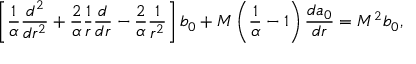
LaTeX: \left[ { \frac { 1 } { \alpha } } { \frac { d ^ { 2 } } { d r ^ { 2 } } } + { \frac { 2 } { \alpha } } { \frac { 1 } { r } } { \frac { d } { d r } } - { \frac { 2 } { \alpha } } { \frac { 1 } { r ^ { 2 } } } \right] b _ { 0 } + M \left( { \frac { 1 } { \alpha } } - 1 \right) { \frac { d a _ { 0 } } { d r } } = M ^ { 2 } b _ { 0 } ,